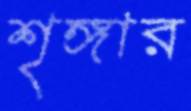
শৃঙ্গার